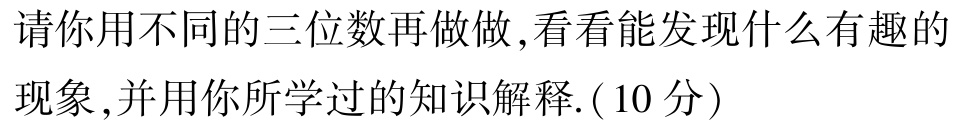
请你用不同的三位数再做做,看看能发现什么有趣的

现象,并用你所学过的知识解释.(10分)